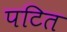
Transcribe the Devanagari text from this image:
पटित